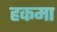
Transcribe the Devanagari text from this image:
हकमा